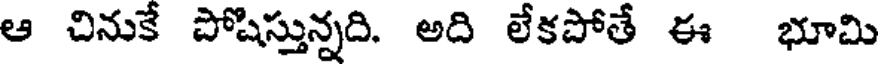
ఆ చినుకే పోషిస్తున్నది. అది లేకపోతే ఈ భూమి